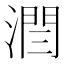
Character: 𣼐